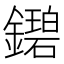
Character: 𬬓